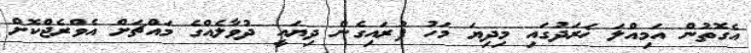
އެގޮތުން އަމިއްލަ ޚަރަދުގައި މިދިޔަ މަހު ފުރައިގެން ދިޔައީ ދުވާލެއްގެ މައްޗަށް އެވްރެޖްކޮށް